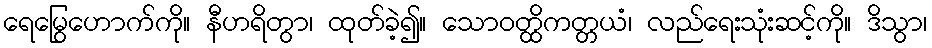
ရေမြွေဟောက်ကို။ နီဟရိတွာ၊ ထုတ်ခဲ့၍။ သောဝတ္ထိကတ္တယံ၊ လည်ရေးသုံးဆင့်ကို။ ဒိသွာ၊